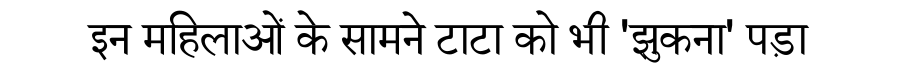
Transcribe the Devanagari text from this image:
इन महिलाओं के सामने टाटा को भी 'झुकना' पड़ा